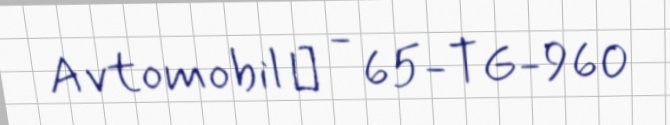
Avtomobil № - 65-TG-960